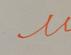
Signature authenticity: forged